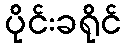
ပိုင်းခရိုင်